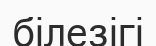
білезігі